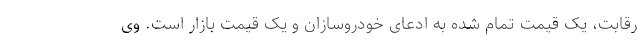
رقابت، یک قیمت تمام شده به ادعای خودروسازان و یک قیمت بازار است. وی